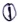
Text: 1